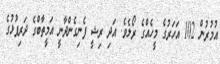
އުމުރުން 102 އަހަރުގެ މީހެއްގެ ރޯލެވެ. އަދި ރިޝީ ފެނިގެންދާނީ އަމީތާބްގެ ދަރިފުޅުގެ